NAE_ERA_R-1958_ENSV_Heliloojate_Liit, lk 138
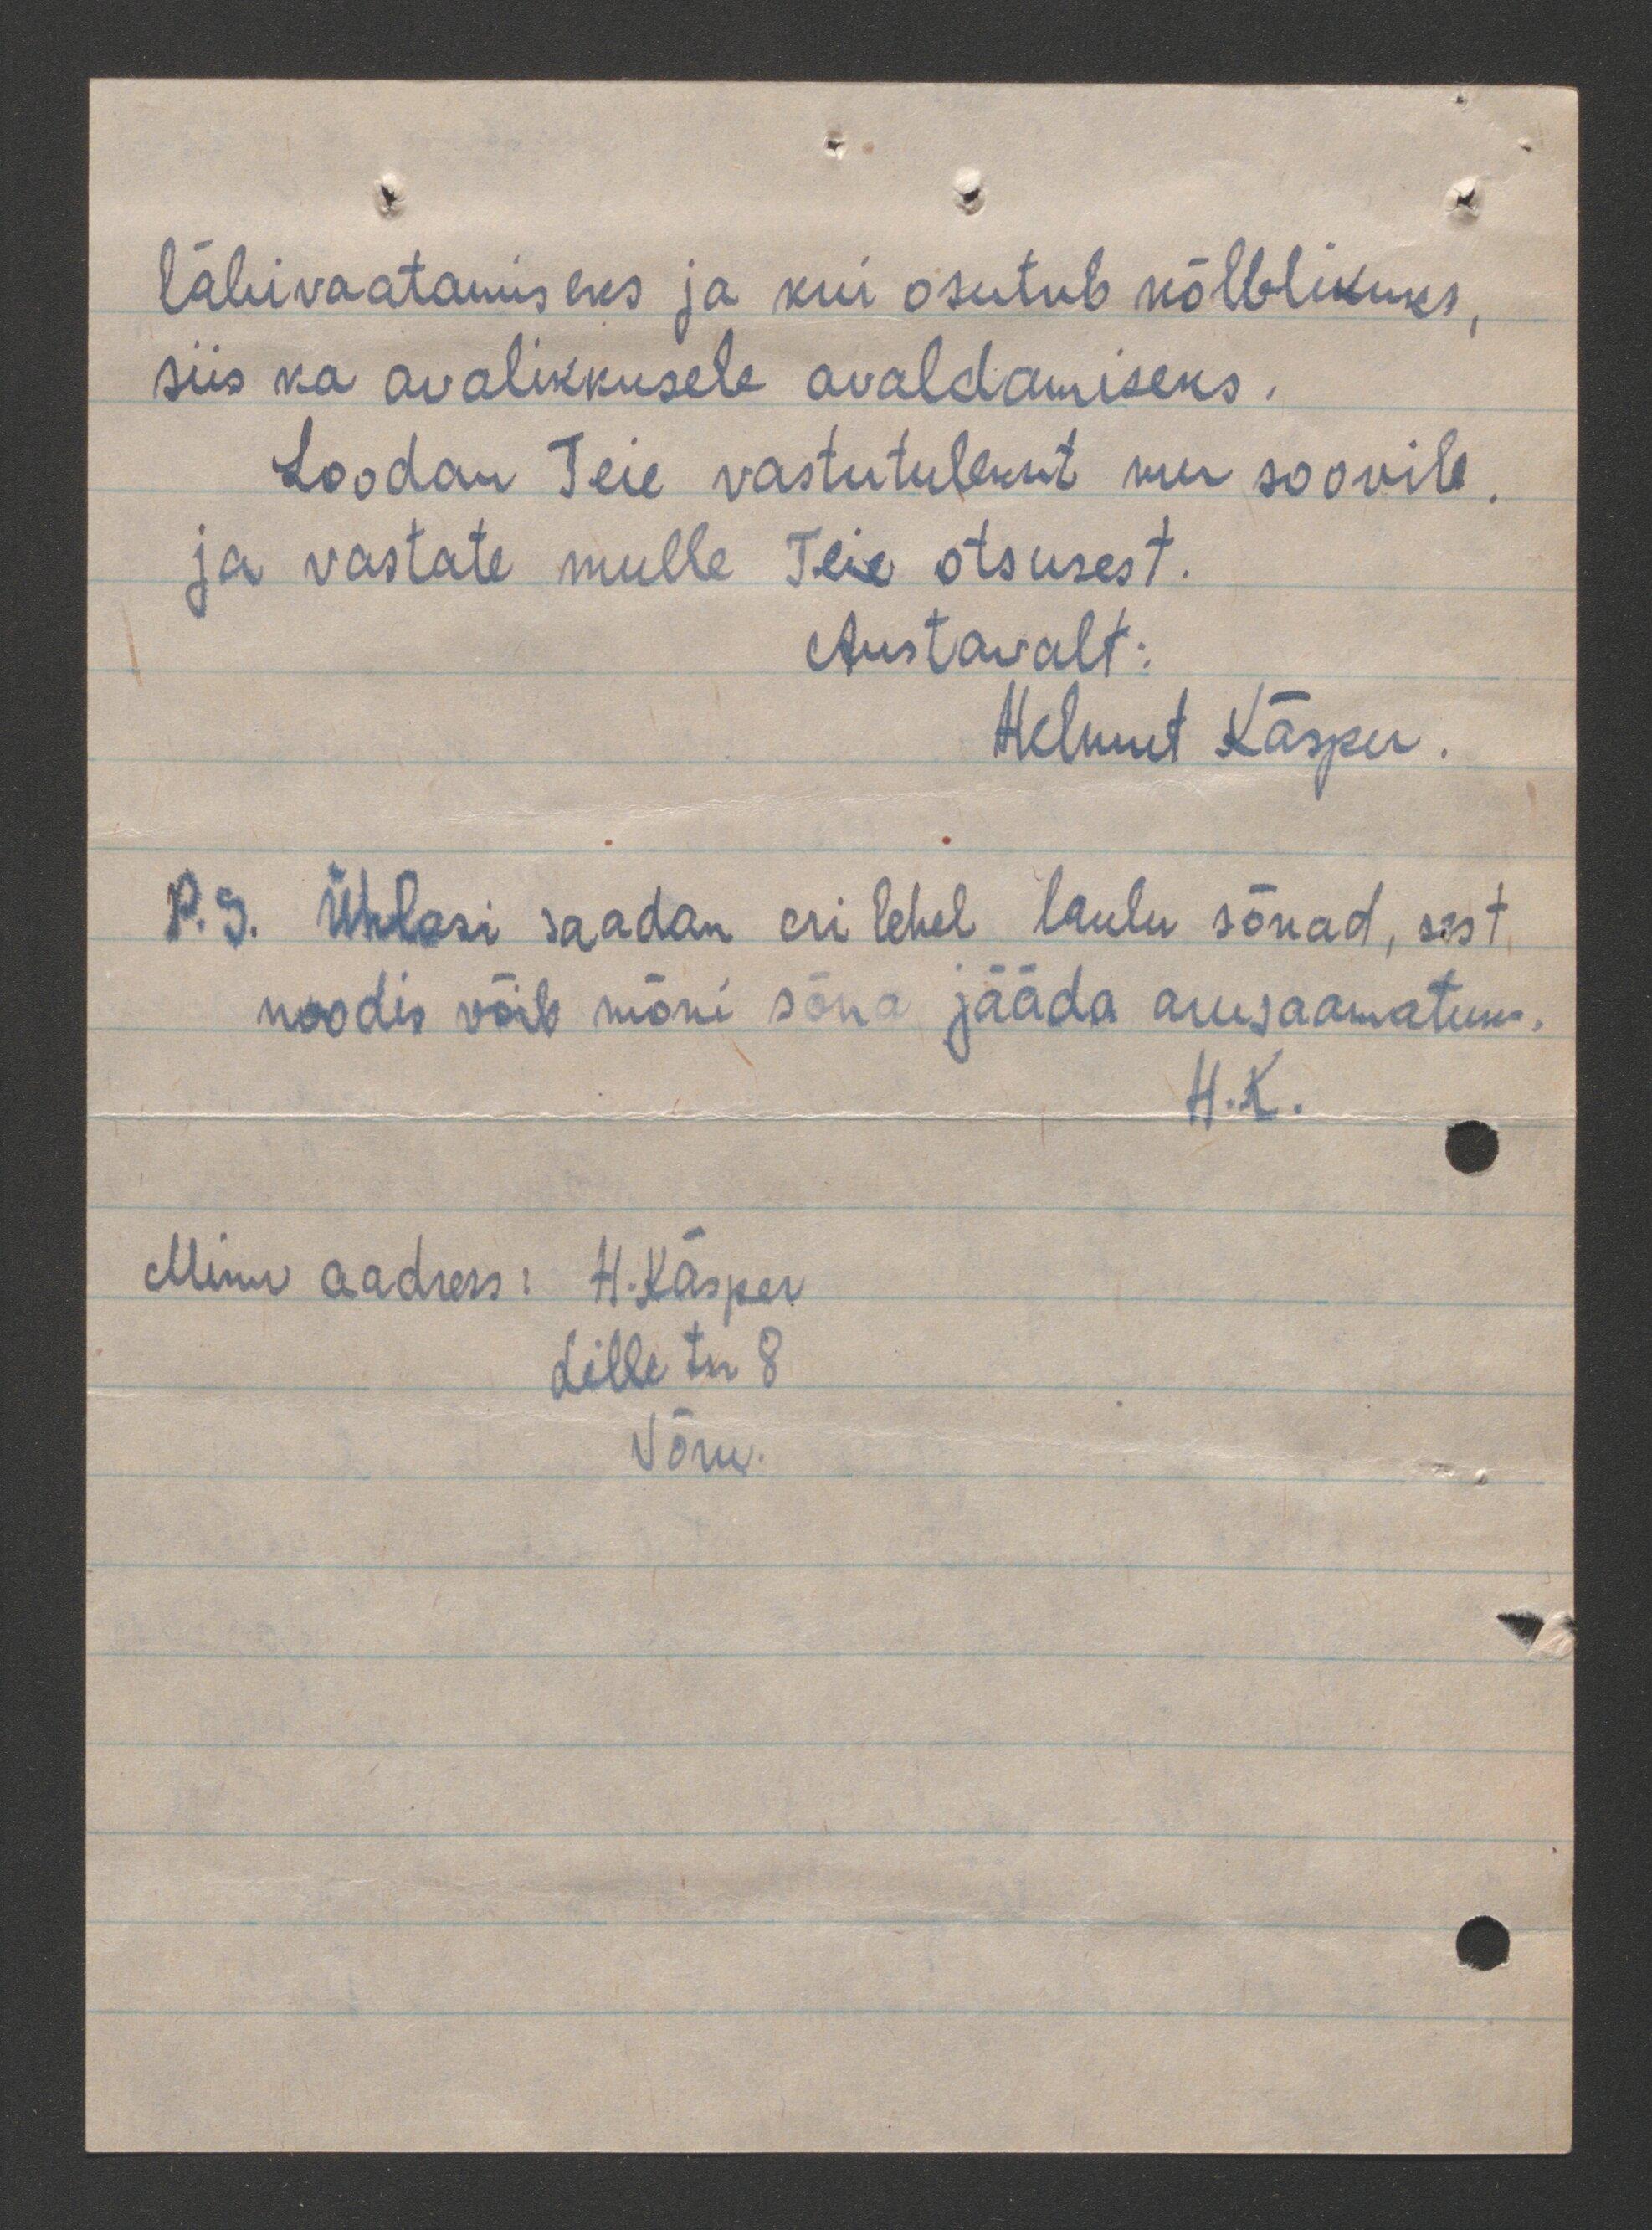
läbivaatamiseks ja kui osutub kõlblikuks,
siis ka avalikkusele avaldamiseks.
Loodan Teie vastutulekut mu soovile
ja vastate mulle Teie otsusest.
Austavalt:
Helmut Käsper.
P. S. Ühlasi saadan eri lehel laulu sõnad, sest
noodis võib mõni sõna jääda arusaamatuks.
H.K.
Minu aadress: H. Käsper
Lille tn 8.
Võru.